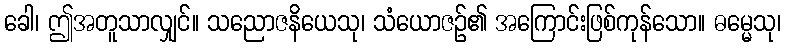
ခေါ၊ ဤအတူသာလျှင်။ သညောဇနိယေသု၊ သံယောဇဉ်၏ အကြောင်းဖြစ်ကုန်သော။ ဓမ္မေသု၊